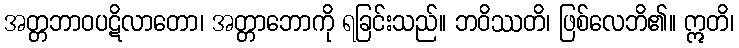
အတ္တဘာဝပဋိလာတော၊ အတ္တာဘောကို ရခြင်းသည်။ ဘဝိဿတိ၊ ဖြစ်လေဘိ၏။ ဣတိ၊